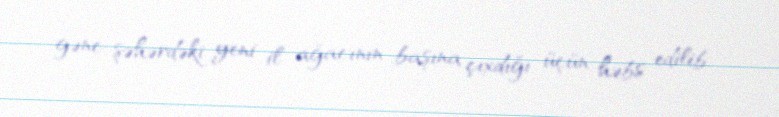
gənc şəhərdəki yeni il ağacının başına çıxdığı üçün həbs edilib.